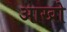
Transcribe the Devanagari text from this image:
आखो